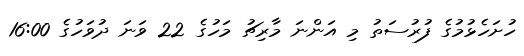
ހުށަހެޅުމުގެ ފުރުސަތު މި އަންނަ މާރިޗު މަހުގެ 22 ވަނަ ދުވަހުގެ 16:00